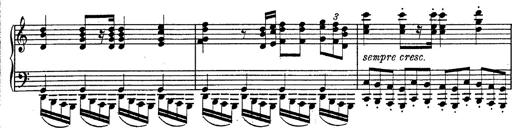
Title: Fantasie Ã¼ber Themen aus Mozarts Figaro und Don Giovanni
Composer: Franz Liszt